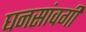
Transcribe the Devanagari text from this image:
घनसांवगी